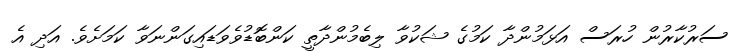
ސަރުކާރުން ހުރަސް އަޅަމުންދާ ކަމުގެ ޝަކުވާ ލިބެމުންދާތީ ކަންބޮޑުވެވަޑައިގަންނަވާ ކަމަށެވެ. އަދި އެ